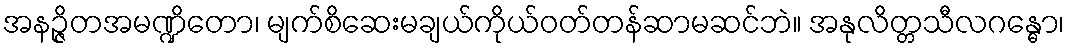
အနဉ္ဇိတအမဏ္ဍိတော၊ မျက်စိဆေးမချယ်ကိုယ်ဝတ်တန်ဆာမဆင်ဘဲ။ အနုလိတ္တသီလဂန္ဓော၊